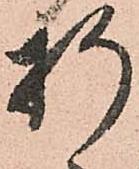
折